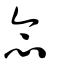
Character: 念